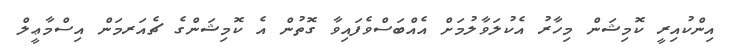
އިންކުއިރީ ކޮމިޝަން މިހާރު އެކުލަވާލުމަށް އެއްބަސްވެފައިވާ ގޮތުން އެ ކޮމިޝަންގެ ޗެއަރމަން އިސްމާޢީލް